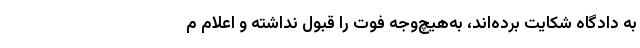
به دادگاه شکایت برده‌اند، به‌هیچ‌وجه فوت را قبول نداشته و اعلام م